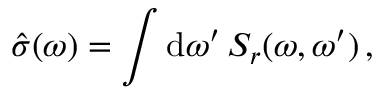
\hat { \sigma } ( \omega ) = \int \mathrm { d } \omega ^ { \prime } \, S _ { r } ( \omega , \omega ^ { \prime } ) \, ,